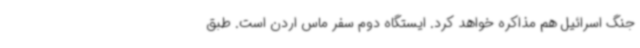
جنگ اسرائیل هم مذاکره خواهد کرد. ایستگاه دوم سفر ماس اردن است. طبق